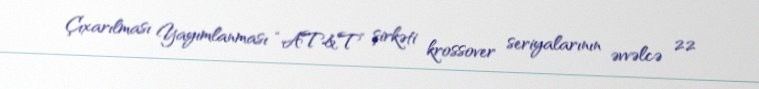
Çıxarılması Yayımlanması “AT&T” şirkəti krossover seriyalarının əvvəlcə 22